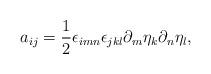
LaTeX: \begin{align*} a_{ij} =\frac12 \epsilon_{imn} \epsilon_{jkl} \partial_{m}\eta_k\partial_{n}\eta_l , \end{align*}